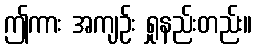
ဤကား အကျဉ်း ရှုနည်းတည်း။